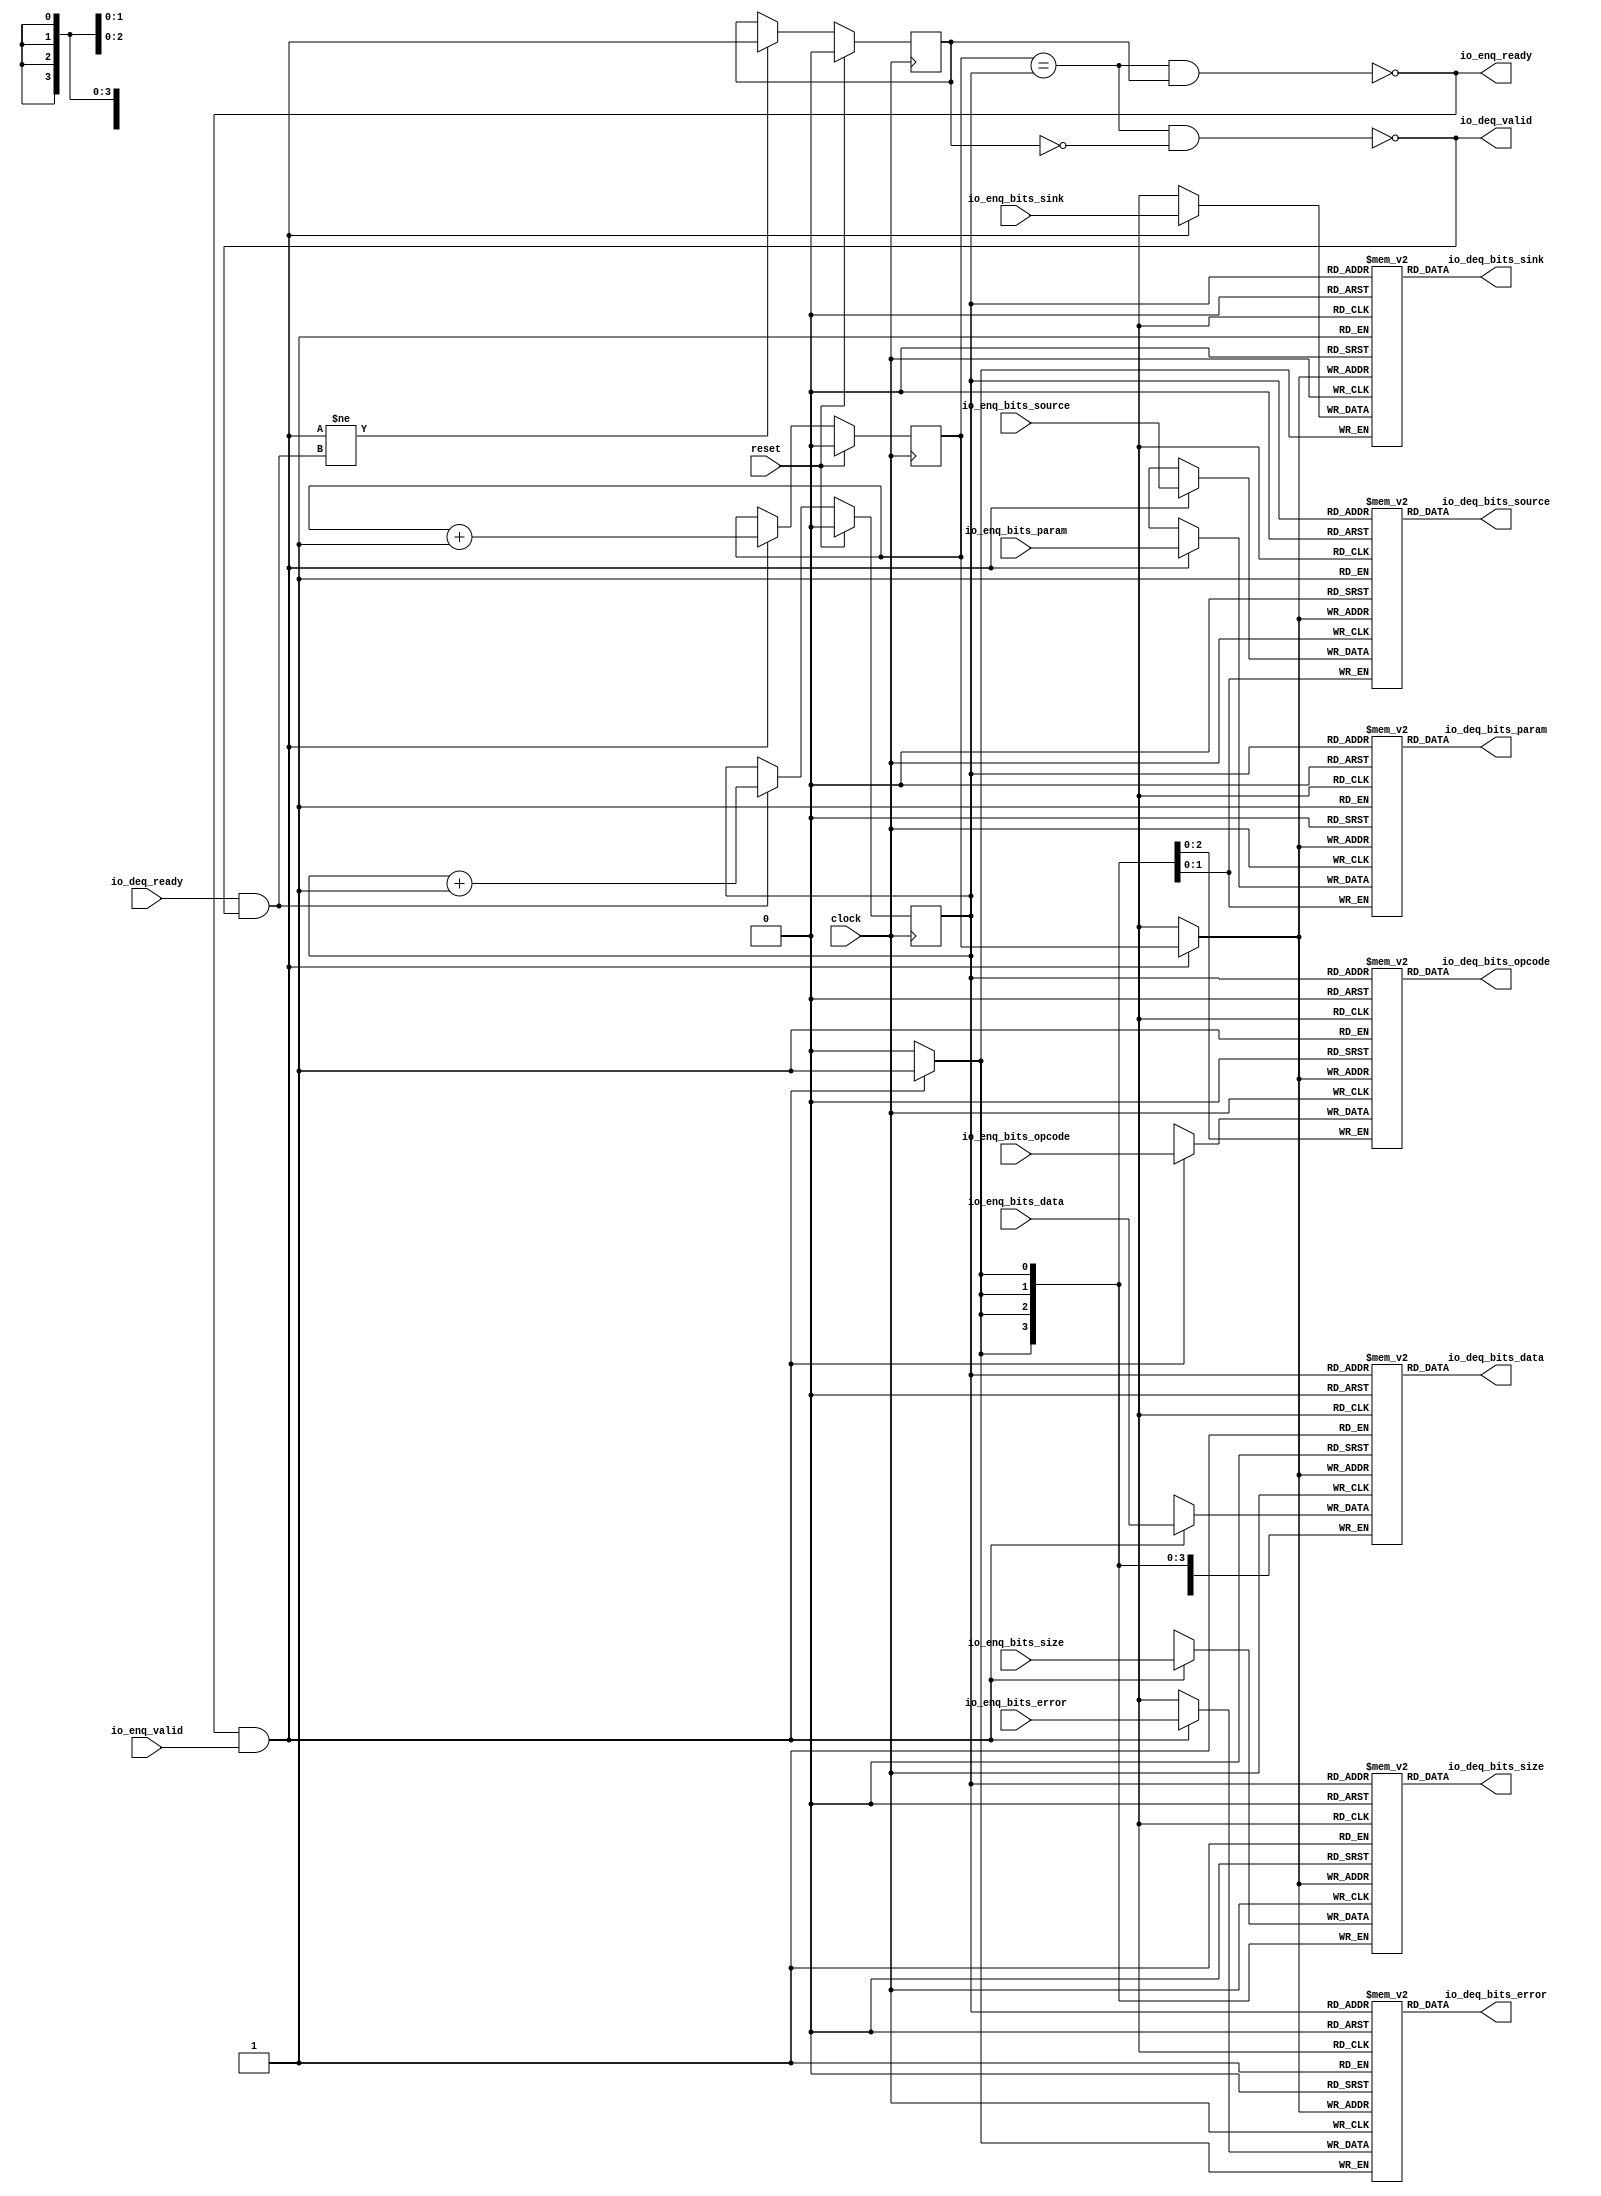
// Copyright (c) 2017, Microsemi Corporation
// All rights reserved.
//
// Redistribution and use in source and binary forms, with or without
// modification, are permitted provided that the following conditions are met:
//     * Redistributions of source code must retain the above copyright
//       notice, this list of conditions and the following disclaimer.
//     * Redistributions in binary form must reproduce the above copyright
//       notice, this list of conditions and the following disclaimer in the
//       documentation and/or other materials provided with the distribution.
//     * Neither the name of the <organization> nor the
//       names of its contributors may be used to endorse or promote products
//       derived from this software without specific prior written permission.
//
// THIS SOFTWARE IS PROVIDED BY THE COPYRIGHT HOLDERS AND CONTRIBUTORS "AS IS" AND
// ANY EXPRESS OR IMPLIED WARRANTIES, INCLUDING, BUT NOT LIMITED TO, THE IMPLIED
// WARRANTIES OF MERCHANTABILITY AND FITNESS FOR A PARTICULAR PURPOSE ARE
// DISCLAIMED. IN NO EVENT SHALL MICROSEMI CORPORATIONM BE LIABLE FOR ANY
// DIRECT, INDIRECT, INCIDENTAL, SPECIAL, EXEMPLARY, OR CONSEQUENTIAL DAMAGES
// (INCLUDING, BUT NOT LIMITED TO, PROCUREMENT OF SUBSTITUTE GOODS OR SERVICES;
// LOSS OF USE, DATA, OR PROFITS; OR BUSINESS INTERRUPTION) HOWEVER CAUSED AND
// ON ANY THEORY OF LIABILITY, WHETHER IN CONTRACT, STRICT LIABILITY, OR TORT
// (INCLUDING NEGLIGENCE OR OTHERWISE) ARISING IN ANY WAY OUT OF THE USE OF THIS
// SOFTWARE, EVEN IF ADVISED OF THE POSSIBILITY OF SUCH DAMAGE.
//
// APACHE LICENSE
// Copyright (c) 2017, Microsemi Corporation 
//
// Licensed under the Apache License, Version 2.0 (the "License");
// you may not use this file except in compliance with the License.
// You may obtain a copy of the License at
//
//    http://www.apache.org/licenses/LICENSE-2.0
//
// Unless required by applicable law or agreed to in writing, software
// distributed under the License is distributed on an "AS IS" BASIS,
// WITHOUT WARRANTIES OR CONDITIONS OF ANY KIND, either express or implied.
// See the License for the specific language governing permissions and
// limitations under the License.
//
// Description:
//
// SVN Revision Information:
// SVN $Revision: $
// SVN $Date: $
//
// Resolved SARs
// SAR      Date     Who   Description
//
// Notes:
//
// ****************************************************************************/
`ifndef RANDOMIZE_REG_INIT 
	 `define RANDOMIZE_REG_INIT 
 `endif
`ifndef RANDOMIZE_MEM_INIT 
	 `define RANDOMIZE_MEM_INIT 
 `endif
`ifndef RANDOMIZE 
	 `define RANDOMIZE 
`endif

`timescale 1ns/10ps
module MiV_AXI_MiV_AXI_0_MIV_RV32IMA_L1_AXI_QUEUE_6( // @[:freechips.rocketchip.system.MivRV32ImaL1AhbConfig.fir@1796.2]
  input         clock, // @[:freechips.rocketchip.system.MivRV32ImaL1AhbConfig.fir@1797.4]
  input         reset, // @[:freechips.rocketchip.system.MivRV32ImaL1AhbConfig.fir@1798.4]
  output        io_enq_ready, // @[:freechips.rocketchip.system.MivRV32ImaL1AhbConfig.fir@1799.4]
  input         io_enq_valid, // @[:freechips.rocketchip.system.MivRV32ImaL1AhbConfig.fir@1799.4]
  input  [2:0]  io_enq_bits_opcode, // @[:freechips.rocketchip.system.MivRV32ImaL1AhbConfig.fir@1799.4]
  input  [1:0]  io_enq_bits_param, // @[:freechips.rocketchip.system.MivRV32ImaL1AhbConfig.fir@1799.4]
  input  [3:0]  io_enq_bits_size, // @[:freechips.rocketchip.system.MivRV32ImaL1AhbConfig.fir@1799.4]
  input  [1:0]  io_enq_bits_source, // @[:freechips.rocketchip.system.MivRV32ImaL1AhbConfig.fir@1799.4]
  input         io_enq_bits_sink, // @[:freechips.rocketchip.system.MivRV32ImaL1AhbConfig.fir@1799.4]
  input  [31:0] io_enq_bits_data, // @[:freechips.rocketchip.system.MivRV32ImaL1AhbConfig.fir@1799.4]
  input         io_enq_bits_error, // @[:freechips.rocketchip.system.MivRV32ImaL1AhbConfig.fir@1799.4]
  input         io_deq_ready, // @[:freechips.rocketchip.system.MivRV32ImaL1AhbConfig.fir@1799.4]
  output        io_deq_valid, // @[:freechips.rocketchip.system.MivRV32ImaL1AhbConfig.fir@1799.4]
  output [2:0]  io_deq_bits_opcode, // @[:freechips.rocketchip.system.MivRV32ImaL1AhbConfig.fir@1799.4]
  output [1:0]  io_deq_bits_param, // @[:freechips.rocketchip.system.MivRV32ImaL1AhbConfig.fir@1799.4]
  output [3:0]  io_deq_bits_size, // @[:freechips.rocketchip.system.MivRV32ImaL1AhbConfig.fir@1799.4]
  output [1:0]  io_deq_bits_source, // @[:freechips.rocketchip.system.MivRV32ImaL1AhbConfig.fir@1799.4]
  output        io_deq_bits_sink, // @[:freechips.rocketchip.system.MivRV32ImaL1AhbConfig.fir@1799.4]
  output [31:0] io_deq_bits_data, // @[:freechips.rocketchip.system.MivRV32ImaL1AhbConfig.fir@1799.4]
  output        io_deq_bits_error // @[:freechips.rocketchip.system.MivRV32ImaL1AhbConfig.fir@1799.4]
);
  reg [2:0] ram_opcode [0:1] /* synthesis syn_ramstyle = "registers" */; // @[Decoupled.scala 211:24:freechips.rocketchip.system.MivRV32ImaL1AhbConfig.fir@1801.4]
  reg [31:0] _RAND_0;
  wire [2:0] ram_opcode__T_50_data; // @[Decoupled.scala 211:24:freechips.rocketchip.system.MivRV32ImaL1AhbConfig.fir@1801.4]
  wire  ram_opcode__T_50_addr; // @[Decoupled.scala 211:24:freechips.rocketchip.system.MivRV32ImaL1AhbConfig.fir@1801.4]
  wire [2:0] ram_opcode__T_36_data; // @[Decoupled.scala 211:24:freechips.rocketchip.system.MivRV32ImaL1AhbConfig.fir@1801.4]
  wire  ram_opcode__T_36_addr; // @[Decoupled.scala 211:24:freechips.rocketchip.system.MivRV32ImaL1AhbConfig.fir@1801.4]
  wire  ram_opcode__T_36_mask; // @[Decoupled.scala 211:24:freechips.rocketchip.system.MivRV32ImaL1AhbConfig.fir@1801.4]
  wire  ram_opcode__T_36_en; // @[Decoupled.scala 211:24:freechips.rocketchip.system.MivRV32ImaL1AhbConfig.fir@1801.4]
  reg [1:0] ram_param [0:1] /* synthesis syn_ramstyle = "registers" */; // @[Decoupled.scala 211:24:freechips.rocketchip.system.MivRV32ImaL1AhbConfig.fir@1801.4]
  reg [31:0] _RAND_1;
  wire [1:0] ram_param__T_50_data; // @[Decoupled.scala 211:24:freechips.rocketchip.system.MivRV32ImaL1AhbConfig.fir@1801.4]
  wire  ram_param__T_50_addr; // @[Decoupled.scala 211:24:freechips.rocketchip.system.MivRV32ImaL1AhbConfig.fir@1801.4]
  wire [1:0] ram_param__T_36_data; // @[Decoupled.scala 211:24:freechips.rocketchip.system.MivRV32ImaL1AhbConfig.fir@1801.4]
  wire  ram_param__T_36_addr; // @[Decoupled.scala 211:24:freechips.rocketchip.system.MivRV32ImaL1AhbConfig.fir@1801.4]
  wire  ram_param__T_36_mask; // @[Decoupled.scala 211:24:freechips.rocketchip.system.MivRV32ImaL1AhbConfig.fir@1801.4]
  wire  ram_param__T_36_en; // @[Decoupled.scala 211:24:freechips.rocketchip.system.MivRV32ImaL1AhbConfig.fir@1801.4]
  reg [3:0] ram_size [0:1] /* synthesis syn_ramstyle = "registers" */; // @[Decoupled.scala 211:24:freechips.rocketchip.system.MivRV32ImaL1AhbConfig.fir@1801.4]
  reg [31:0] _RAND_2;
  wire [3:0] ram_size__T_50_data; // @[Decoupled.scala 211:24:freechips.rocketchip.system.MivRV32ImaL1AhbConfig.fir@1801.4]
  wire  ram_size__T_50_addr; // @[Decoupled.scala 211:24:freechips.rocketchip.system.MivRV32ImaL1AhbConfig.fir@1801.4]
  wire [3:0] ram_size__T_36_data; // @[Decoupled.scala 211:24:freechips.rocketchip.system.MivRV32ImaL1AhbConfig.fir@1801.4]
  wire  ram_size__T_36_addr; // @[Decoupled.scala 211:24:freechips.rocketchip.system.MivRV32ImaL1AhbConfig.fir@1801.4]
  wire  ram_size__T_36_mask; // @[Decoupled.scala 211:24:freechips.rocketchip.system.MivRV32ImaL1AhbConfig.fir@1801.4]
  wire  ram_size__T_36_en; // @[Decoupled.scala 211:24:freechips.rocketchip.system.MivRV32ImaL1AhbConfig.fir@1801.4]
  reg [1:0] ram_source [0:1] /* synthesis syn_ramstyle = "registers" */; // @[Decoupled.scala 211:24:freechips.rocketchip.system.MivRV32ImaL1AhbConfig.fir@1801.4]
  reg [31:0] _RAND_3;
  wire [1:0] ram_source__T_50_data; // @[Decoupled.scala 211:24:freechips.rocketchip.system.MivRV32ImaL1AhbConfig.fir@1801.4]
  wire  ram_source__T_50_addr; // @[Decoupled.scala 211:24:freechips.rocketchip.system.MivRV32ImaL1AhbConfig.fir@1801.4]
  wire [1:0] ram_source__T_36_data; // @[Decoupled.scala 211:24:freechips.rocketchip.system.MivRV32ImaL1AhbConfig.fir@1801.4]
  wire  ram_source__T_36_addr; // @[Decoupled.scala 211:24:freechips.rocketchip.system.MivRV32ImaL1AhbConfig.fir@1801.4]
  wire  ram_source__T_36_mask; // @[Decoupled.scala 211:24:freechips.rocketchip.system.MivRV32ImaL1AhbConfig.fir@1801.4]
  wire  ram_source__T_36_en; // @[Decoupled.scala 211:24:freechips.rocketchip.system.MivRV32ImaL1AhbConfig.fir@1801.4]
  reg  ram_sink [0:1]; // @[Decoupled.scala 211:24:freechips.rocketchip.system.MivRV32ImaL1AhbConfig.fir@1801.4]
  reg [31:0] _RAND_4;
  wire  ram_sink__T_50_data; // @[Decoupled.scala 211:24:freechips.rocketchip.system.MivRV32ImaL1AhbConfig.fir@1801.4]
  wire  ram_sink__T_50_addr; // @[Decoupled.scala 211:24:freechips.rocketchip.system.MivRV32ImaL1AhbConfig.fir@1801.4]
  wire  ram_sink__T_36_data; // @[Decoupled.scala 211:24:freechips.rocketchip.system.MivRV32ImaL1AhbConfig.fir@1801.4]
  wire  ram_sink__T_36_addr; // @[Decoupled.scala 211:24:freechips.rocketchip.system.MivRV32ImaL1AhbConfig.fir@1801.4]
  wire  ram_sink__T_36_mask; // @[Decoupled.scala 211:24:freechips.rocketchip.system.MivRV32ImaL1AhbConfig.fir@1801.4]
  wire  ram_sink__T_36_en; // @[Decoupled.scala 211:24:freechips.rocketchip.system.MivRV32ImaL1AhbConfig.fir@1801.4]
  reg [31:0] ram_data [0:1] /* synthesis syn_ramstyle = "registers" */; // @[Decoupled.scala 211:24:freechips.rocketchip.system.MivRV32ImaL1AhbConfig.fir@1801.4]
  reg [31:0] _RAND_5;
  wire [31:0] ram_data__T_50_data; // @[Decoupled.scala 211:24:freechips.rocketchip.system.MivRV32ImaL1AhbConfig.fir@1801.4]
  wire  ram_data__T_50_addr; // @[Decoupled.scala 211:24:freechips.rocketchip.system.MivRV32ImaL1AhbConfig.fir@1801.4]
  wire [31:0] ram_data__T_36_data; // @[Decoupled.scala 211:24:freechips.rocketchip.system.MivRV32ImaL1AhbConfig.fir@1801.4]
  wire  ram_data__T_36_addr; // @[Decoupled.scala 211:24:freechips.rocketchip.system.MivRV32ImaL1AhbConfig.fir@1801.4]
  wire  ram_data__T_36_mask; // @[Decoupled.scala 211:24:freechips.rocketchip.system.MivRV32ImaL1AhbConfig.fir@1801.4]
  wire  ram_data__T_36_en; // @[Decoupled.scala 211:24:freechips.rocketchip.system.MivRV32ImaL1AhbConfig.fir@1801.4]
  reg  ram_error [0:1]; // @[Decoupled.scala 211:24:freechips.rocketchip.system.MivRV32ImaL1AhbConfig.fir@1801.4]
  reg [31:0] _RAND_6;
  wire  ram_error__T_50_data; // @[Decoupled.scala 211:24:freechips.rocketchip.system.MivRV32ImaL1AhbConfig.fir@1801.4]
  wire  ram_error__T_50_addr; // @[Decoupled.scala 211:24:freechips.rocketchip.system.MivRV32ImaL1AhbConfig.fir@1801.4]
  wire  ram_error__T_36_data; // @[Decoupled.scala 211:24:freechips.rocketchip.system.MivRV32ImaL1AhbConfig.fir@1801.4]
  wire  ram_error__T_36_addr; // @[Decoupled.scala 211:24:freechips.rocketchip.system.MivRV32ImaL1AhbConfig.fir@1801.4]
  wire  ram_error__T_36_mask; // @[Decoupled.scala 211:24:freechips.rocketchip.system.MivRV32ImaL1AhbConfig.fir@1801.4]
  wire  ram_error__T_36_en; // @[Decoupled.scala 211:24:freechips.rocketchip.system.MivRV32ImaL1AhbConfig.fir@1801.4]
  reg  value; // @[Counter.scala 26:33:freechips.rocketchip.system.MivRV32ImaL1AhbConfig.fir@1802.4]
  reg [31:0] _RAND_7;
  reg  value_1; // @[Counter.scala 26:33:freechips.rocketchip.system.MivRV32ImaL1AhbConfig.fir@1803.4]
  reg [31:0] _RAND_8;
  reg  maybe_full; // @[Decoupled.scala 214:35:freechips.rocketchip.system.MivRV32ImaL1AhbConfig.fir@1804.4]
  reg [31:0] _RAND_9;
  wire  _T_28; // @[Decoupled.scala 216:41:freechips.rocketchip.system.MivRV32ImaL1AhbConfig.fir@1805.4]
  wire  _T_30; // @[Decoupled.scala 217:36:freechips.rocketchip.system.MivRV32ImaL1AhbConfig.fir@1806.4]
  wire  empty; // @[Decoupled.scala 217:33:freechips.rocketchip.system.MivRV32ImaL1AhbConfig.fir@1807.4]
  wire  _T_31; // @[Decoupled.scala 218:32:freechips.rocketchip.system.MivRV32ImaL1AhbConfig.fir@1808.4]
  wire  do_enq; // @[Decoupled.scala 30:37:freechips.rocketchip.system.MivRV32ImaL1AhbConfig.fir@1809.4]
  wire  do_deq; // @[Decoupled.scala 30:37:freechips.rocketchip.system.MivRV32ImaL1AhbConfig.fir@1812.4]
  wire [1:0] _T_39; // @[Counter.scala 35:22:freechips.rocketchip.system.MivRV32ImaL1AhbConfig.fir@1825.6]
  wire  _T_40; // @[Counter.scala 35:22:freechips.rocketchip.system.MivRV32ImaL1AhbConfig.fir@1826.6]
  wire  _GEN_10; // @[Decoupled.scala 222:17:freechips.rocketchip.system.MivRV32ImaL1AhbConfig.fir@1815.4]
  wire [1:0] _T_43; // @[Counter.scala 35:22:freechips.rocketchip.system.MivRV32ImaL1AhbConfig.fir@1831.6]
  wire  _T_44; // @[Counter.scala 35:22:freechips.rocketchip.system.MivRV32ImaL1AhbConfig.fir@1832.6]
  wire  _GEN_11; // @[Decoupled.scala 226:17:freechips.rocketchip.system.MivRV32ImaL1AhbConfig.fir@1829.4]
  wire  _T_45; // @[Decoupled.scala 229:16:freechips.rocketchip.system.MivRV32ImaL1AhbConfig.fir@1835.4]
  wire  _GEN_12; // @[Decoupled.scala 229:27:freechips.rocketchip.system.MivRV32ImaL1AhbConfig.fir@1836.4]
  wire  _T_47; // @[Decoupled.scala 233:19:freechips.rocketchip.system.MivRV32ImaL1AhbConfig.fir@1839.4]
  wire  _T_49; // @[Decoupled.scala 234:19:freechips.rocketchip.system.MivRV32ImaL1AhbConfig.fir@1841.4]
  assign ram_opcode__T_50_addr = value_1;
  assign ram_opcode__T_50_data = ram_opcode[ram_opcode__T_50_addr]; // @[Decoupled.scala 211:24:freechips.rocketchip.system.MivRV32ImaL1AhbConfig.fir@1801.4]
  assign ram_opcode__T_36_data = io_enq_bits_opcode;
  assign ram_opcode__T_36_addr = value;
  assign ram_opcode__T_36_mask = do_enq;
  assign ram_opcode__T_36_en = do_enq;
  assign ram_param__T_50_addr = value_1;
  assign ram_param__T_50_data = ram_param[ram_param__T_50_addr]; // @[Decoupled.scala 211:24:freechips.rocketchip.system.MivRV32ImaL1AhbConfig.fir@1801.4]
  assign ram_param__T_36_data = io_enq_bits_param;
  assign ram_param__T_36_addr = value;
  assign ram_param__T_36_mask = do_enq;
  assign ram_param__T_36_en = do_enq;
  assign ram_size__T_50_addr = value_1;
  assign ram_size__T_50_data = ram_size[ram_size__T_50_addr]; // @[Decoupled.scala 211:24:freechips.rocketchip.system.MivRV32ImaL1AhbConfig.fir@1801.4]
  assign ram_size__T_36_data = io_enq_bits_size;
  assign ram_size__T_36_addr = value;
  assign ram_size__T_36_mask = do_enq;
  assign ram_size__T_36_en = do_enq;
  assign ram_source__T_50_addr = value_1;
  assign ram_source__T_50_data = ram_source[ram_source__T_50_addr]; // @[Decoupled.scala 211:24:freechips.rocketchip.system.MivRV32ImaL1AhbConfig.fir@1801.4]
  assign ram_source__T_36_data = io_enq_bits_source;
  assign ram_source__T_36_addr = value;
  assign ram_source__T_36_mask = do_enq;
  assign ram_source__T_36_en = do_enq;
  assign ram_sink__T_50_addr = value_1;
  assign ram_sink__T_50_data = ram_sink[ram_sink__T_50_addr]; // @[Decoupled.scala 211:24:freechips.rocketchip.system.MivRV32ImaL1AhbConfig.fir@1801.4]
  assign ram_sink__T_36_data = io_enq_bits_sink;
  assign ram_sink__T_36_addr = value;
  assign ram_sink__T_36_mask = do_enq;
  assign ram_sink__T_36_en = do_enq;
  assign ram_data__T_50_addr = value_1;
  assign ram_data__T_50_data = ram_data[ram_data__T_50_addr]; // @[Decoupled.scala 211:24:freechips.rocketchip.system.MivRV32ImaL1AhbConfig.fir@1801.4]
  assign ram_data__T_36_data = io_enq_bits_data;
  assign ram_data__T_36_addr = value;
  assign ram_data__T_36_mask = do_enq;
  assign ram_data__T_36_en = do_enq;
  assign ram_error__T_50_addr = value_1;
  assign ram_error__T_50_data = ram_error[ram_error__T_50_addr]; // @[Decoupled.scala 211:24:freechips.rocketchip.system.MivRV32ImaL1AhbConfig.fir@1801.4]
  assign ram_error__T_36_data = io_enq_bits_error;
  assign ram_error__T_36_addr = value;
  assign ram_error__T_36_mask = do_enq;
  assign ram_error__T_36_en = do_enq;
  assign _T_28 = value == value_1; // @[Decoupled.scala 216:41:freechips.rocketchip.system.MivRV32ImaL1AhbConfig.fir@1805.4]
  assign _T_30 = maybe_full == 1'h0; // @[Decoupled.scala 217:36:freechips.rocketchip.system.MivRV32ImaL1AhbConfig.fir@1806.4]
  assign empty = _T_28 & _T_30; // @[Decoupled.scala 217:33:freechips.rocketchip.system.MivRV32ImaL1AhbConfig.fir@1807.4]
  assign _T_31 = _T_28 & maybe_full; // @[Decoupled.scala 218:32:freechips.rocketchip.system.MivRV32ImaL1AhbConfig.fir@1808.4]
  assign do_enq = io_enq_ready & io_enq_valid; // @[Decoupled.scala 30:37:freechips.rocketchip.system.MivRV32ImaL1AhbConfig.fir@1809.4]
  assign do_deq = io_deq_ready & io_deq_valid; // @[Decoupled.scala 30:37:freechips.rocketchip.system.MivRV32ImaL1AhbConfig.fir@1812.4]
  assign _T_39 = value + 1'h1; // @[Counter.scala 35:22:freechips.rocketchip.system.MivRV32ImaL1AhbConfig.fir@1825.6]
  assign _T_40 = _T_39[0:0]; // @[Counter.scala 35:22:freechips.rocketchip.system.MivRV32ImaL1AhbConfig.fir@1826.6]
  assign _GEN_10 = do_enq ? _T_40 : value; // @[Decoupled.scala 222:17:freechips.rocketchip.system.MivRV32ImaL1AhbConfig.fir@1815.4]
  assign _T_43 = value_1 + 1'h1; // @[Counter.scala 35:22:freechips.rocketchip.system.MivRV32ImaL1AhbConfig.fir@1831.6]
  assign _T_44 = _T_43[0:0]; // @[Counter.scala 35:22:freechips.rocketchip.system.MivRV32ImaL1AhbConfig.fir@1832.6]
  assign _GEN_11 = do_deq ? _T_44 : value_1; // @[Decoupled.scala 226:17:freechips.rocketchip.system.MivRV32ImaL1AhbConfig.fir@1829.4]
  assign _T_45 = do_enq != do_deq; // @[Decoupled.scala 229:16:freechips.rocketchip.system.MivRV32ImaL1AhbConfig.fir@1835.4]
  assign _GEN_12 = _T_45 ? do_enq : maybe_full; // @[Decoupled.scala 229:27:freechips.rocketchip.system.MivRV32ImaL1AhbConfig.fir@1836.4]
  assign _T_47 = empty == 1'h0; // @[Decoupled.scala 233:19:freechips.rocketchip.system.MivRV32ImaL1AhbConfig.fir@1839.4]
  assign _T_49 = _T_31 == 1'h0; // @[Decoupled.scala 234:19:freechips.rocketchip.system.MivRV32ImaL1AhbConfig.fir@1841.4]
  assign io_enq_ready = _T_49;
  assign io_deq_valid = _T_47;
  assign io_deq_bits_opcode = ram_opcode__T_50_data;
  assign io_deq_bits_param = ram_param__T_50_data;
  assign io_deq_bits_size = ram_size__T_50_data;
  assign io_deq_bits_source = ram_source__T_50_data;
  assign io_deq_bits_sink = ram_sink__T_50_data;
  assign io_deq_bits_data = ram_data__T_50_data;
  assign io_deq_bits_error = ram_error__T_50_data;
`ifdef RANDOMIZE
  integer initvar;
  initial begin
    `ifndef verilator
      #0.002 begin end
    `endif
  _RAND_0 = {1{32'b0}};
  `ifdef RANDOMIZE_MEM_INIT
  for (initvar = 0; initvar < 2; initvar = initvar+1)
    ram_opcode[initvar] = _RAND_0[2:0];
  `endif // RANDOMIZE_MEM_INIT
  _RAND_1 = {1{32'b0}};
  `ifdef RANDOMIZE_MEM_INIT
  for (initvar = 0; initvar < 2; initvar = initvar+1)
    ram_param[initvar] = _RAND_1[1:0];
  `endif // RANDOMIZE_MEM_INIT
  _RAND_2 = {1{32'b0}};
  `ifdef RANDOMIZE_MEM_INIT
  for (initvar = 0; initvar < 2; initvar = initvar+1)
    ram_size[initvar] = _RAND_2[3:0];
  `endif // RANDOMIZE_MEM_INIT
  _RAND_3 = {1{32'b0}};
  `ifdef RANDOMIZE_MEM_INIT
  for (initvar = 0; initvar < 2; initvar = initvar+1)
    ram_source[initvar] = _RAND_3[1:0];
  `endif // RANDOMIZE_MEM_INIT
  _RAND_4 = {1{32'b0}};
  `ifdef RANDOMIZE_MEM_INIT
  for (initvar = 0; initvar < 2; initvar = initvar+1)
    ram_sink[initvar] = _RAND_4[0:0];
  `endif // RANDOMIZE_MEM_INIT
  _RAND_5 = {1{32'b0}};
  `ifdef RANDOMIZE_MEM_INIT
  for (initvar = 0; initvar < 2; initvar = initvar+1)
    ram_data[initvar] = _RAND_5[31:0];
  `endif // RANDOMIZE_MEM_INIT
  _RAND_6 = {1{32'b0}};
  `ifdef RANDOMIZE_MEM_INIT
  for (initvar = 0; initvar < 2; initvar = initvar+1)
    ram_error[initvar] = _RAND_6[0:0];
  `endif // RANDOMIZE_MEM_INIT
  `ifdef RANDOMIZE_REG_INIT
  _RAND_7 = {1{32'b0}};
  value = _RAND_7[0:0];
  `endif // RANDOMIZE_REG_INIT
  `ifdef RANDOMIZE_REG_INIT
  _RAND_8 = {1{32'b0}};
  value_1 = _RAND_8[0:0];
  `endif // RANDOMIZE_REG_INIT
  `ifdef RANDOMIZE_REG_INIT
  _RAND_9 = {1{32'b0}};
  maybe_full = _RAND_9[0:0];
  `endif // RANDOMIZE_REG_INIT
  end
`endif // RANDOMIZE
  always @(posedge clock) begin
    if(ram_opcode__T_36_en & ram_opcode__T_36_mask) begin
      ram_opcode[ram_opcode__T_36_addr] <= ram_opcode__T_36_data; // @[Decoupled.scala 211:24:freechips.rocketchip.system.MivRV32ImaL1AhbConfig.fir@1801.4]
    end
    if(ram_param__T_36_en & ram_param__T_36_mask) begin
      ram_param[ram_param__T_36_addr] <= ram_param__T_36_data; // @[Decoupled.scala 211:24:freechips.rocketchip.system.MivRV32ImaL1AhbConfig.fir@1801.4]
    end
    if(ram_size__T_36_en & ram_size__T_36_mask) begin
      ram_size[ram_size__T_36_addr] <= ram_size__T_36_data; // @[Decoupled.scala 211:24:freechips.rocketchip.system.MivRV32ImaL1AhbConfig.fir@1801.4]
    end
    if(ram_source__T_36_en & ram_source__T_36_mask) begin
      ram_source[ram_source__T_36_addr] <= ram_source__T_36_data; // @[Decoupled.scala 211:24:freechips.rocketchip.system.MivRV32ImaL1AhbConfig.fir@1801.4]
    end
    if(ram_sink__T_36_en & ram_sink__T_36_mask) begin
      ram_sink[ram_sink__T_36_addr] <= ram_sink__T_36_data; // @[Decoupled.scala 211:24:freechips.rocketchip.system.MivRV32ImaL1AhbConfig.fir@1801.4]
    end
    if(ram_data__T_36_en & ram_data__T_36_mask) begin
      ram_data[ram_data__T_36_addr] <= ram_data__T_36_data; // @[Decoupled.scala 211:24:freechips.rocketchip.system.MivRV32ImaL1AhbConfig.fir@1801.4]
    end
    if(ram_error__T_36_en & ram_error__T_36_mask) begin
      ram_error[ram_error__T_36_addr] <= ram_error__T_36_data; // @[Decoupled.scala 211:24:freechips.rocketchip.system.MivRV32ImaL1AhbConfig.fir@1801.4]
    end
    if (reset) begin
      value <= 1'h0;
    end else begin
      if (do_enq) begin
        value <= _T_40;
      end
    end
    if (reset) begin
      value_1 <= 1'h0;
    end else begin
      if (do_deq) begin
        value_1 <= _T_44;
      end
    end
    if (reset) begin
      maybe_full <= 1'h0;
    end else begin
      if (_T_45) begin
        maybe_full <= do_enq;
      end
    end
  end
endmodule